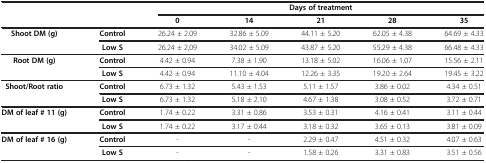
<table><thead><tr><td><b> </b></td><td><b> </b></td><td colspan="5"><b>Days of treatment</b></td></tr></thead><tbody><tr><td> </td><td> </td><td><b>0</b></td><td><b>14</b></td><td><b>21</b></td><td><b>28</b></td><td><b>35</b></td></tr><tr><td><b>Shoot DM (g)</b></td><td><b>Control</b></td><td>26.24 ± 2.09</td><td>32.86 ± 5.09</td><td>44.11 ± 5.20</td><td>62.05 ± 4.38</td><td>64.69 ± 4.33</td></tr><tr><td> </td><td><b>Low S</b></td><td>26.24 ± 2,09</td><td>34.02 ± 5.09</td><td>43.87 ± 5.20</td><td>55.29 ± 4.38</td><td>66.48 ± 4.33</td></tr><tr><td><b>Root DM (g)</b></td><td><b>Control</b></td><td>4.42 ± 0.94</td><td>7.38 ± 1.90</td><td>13.18 ± 5.02</td><td>16.06 ± 1.07</td><td>15.56 ± 2.11</td></tr><tr><td> </td><td><b>Low S</b></td><td>4.42 ± 0.94</td><td>11.10 ± 4.04</td><td>12.26 ± 3.35</td><td>19.20 ± 2.64</td><td>19.45 ± 3.22</td></tr><tr><td><b>Shoot/Root ratio</b></td><td><b>Control</b></td><td>6.73 ± 1.32</td><td>5.43 ± 1.53</td><td>5.11 ± 1.57</td><td>3.86 ± 0.02</td><td>4.34 ± 0.51</td></tr><tr><td> </td><td><b>Low S</b></td><td>6.73 ± 1.32</td><td>5.18 ± 2.10</td><td>4.67 ± 1.38</td><td>3.08 ± 0.52</td><td>3.72 ± 0.71</td></tr><tr><td><b>DM of leaf # 11 (g)</b></td><td><b>Control</b></td><td>1.74 ± 0.22</td><td>3.31 ± 0.86</td><td>3.53 ± 0.31</td><td>4.16 ± 0.41</td><td>3.11 ± 0.44</td></tr><tr><td> </td><td><b>Low S</b></td><td>1.74 ± 0.22</td><td>3.17 ± 0.44</td><td>3.18 ± 0.32</td><td>3.65 ± 0.13</td><td>3.81 ± 0.09</td></tr><tr><td><b>DM of leaf # 16 (g)</b></td><td><b>Control</b></td><td>-</td><td>-</td><td>2.29 ± 0.47</td><td>4.51 ± 0.32</td><td>4.07 ± 0.63</td></tr><tr><td> </td><td><b>Low S</b></td><td>-</td><td>-</td><td>1.58 ± 0.26</td><td>3.31 ± 0.83</td><td>3.51 ± 0.56</td></tr></tbody></table>